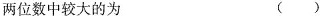
两位数中较大的为 ( )